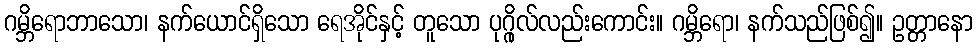
ဂမ္ဘိရောဘာသော၊ နက်ယောင်ရှိသော ရေအိုင်နှင့် တူသော ပုဂ္ဂိုလ်လည်းကောင်း။ ဂမ္ဘိရော၊ နက်သည်ဖြစ်၍။ ဥတ္တာနော